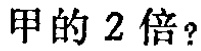
甲的 2 倍?